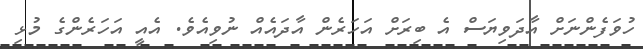
ހުވަފެންނަށް އާދަވިޔަސް އެ ބިރަށް އަހަރެން އާދައެއް ނުވިއެވެ. އެއީ އަހަރެންގެ މުޅި